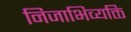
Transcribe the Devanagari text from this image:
निजाभिव्यक्ति